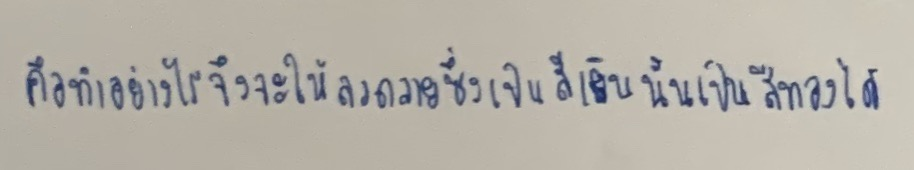
คือทำอย่างไรจึงจะให้ลวดลายซึ่งเป็นสีเงินนั้นเป็นสีทองได้